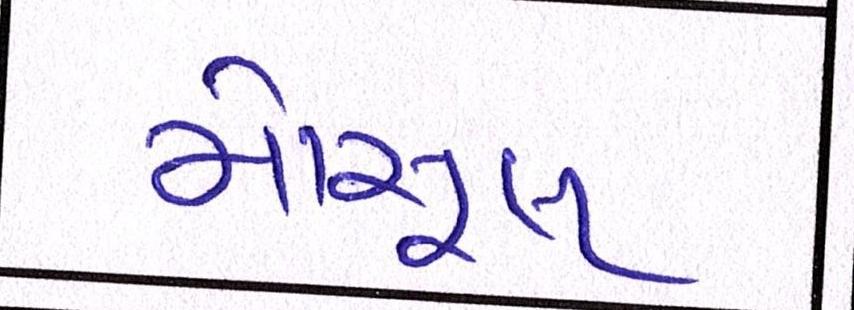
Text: મોસુલ